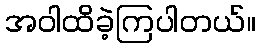
အဝါထိခဲ့ကြပါတယ်။